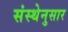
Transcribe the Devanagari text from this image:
संस्थेनुसार